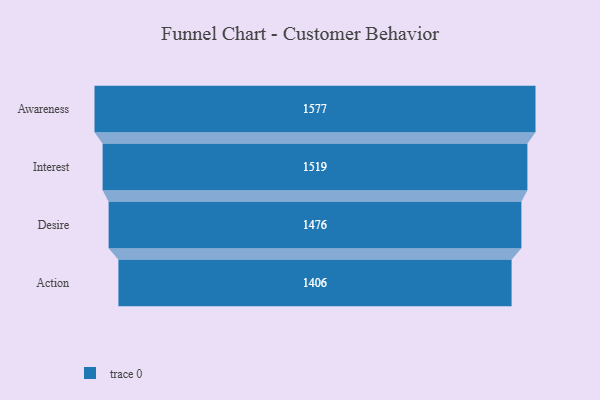
{"axis": {"x": "Stage", "y": "Value"}, "legend": [""], "data": [{"x": "Awareness", "y": 1577.0, "type": ""}, {"x": "Interest", "y": 1519.0, "type": ""}, {"x": "Desire", "y": 1476.0, "type": ""}, {"x": "Action", "y": 1406.0, "type": ""}]}